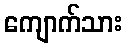
ကျောက်သား